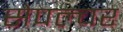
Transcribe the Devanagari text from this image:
सेपल्चर